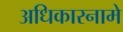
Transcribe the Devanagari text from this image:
अधिकारनामे